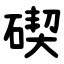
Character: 碶